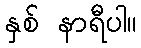
နှစ် နာရီပါ။